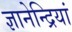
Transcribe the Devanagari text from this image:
ज्ञानेन्द्रियां